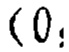
$(0,$